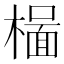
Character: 𬄥